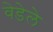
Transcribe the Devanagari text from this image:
वेडेले